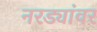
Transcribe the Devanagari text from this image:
नरड्यांवर